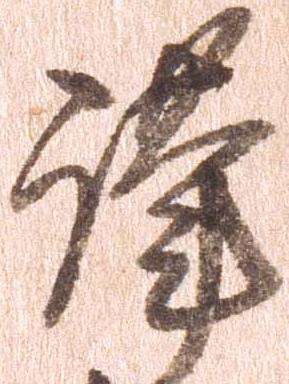
謹